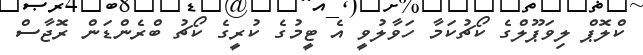
ކްލޮޕް ލިވަޕޫލްގެ ކޯޗުކަމާ ހަވާލުވީ އެ ޓީމުގެ ކުރީގެ ކޯޗު ބްރެންޑަން ރޮޖާސް